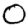
Digit: 0